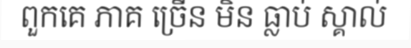
ពួកគេ ភាគ ច្រើន មិន ធ្លាប់ ស្គាល់